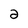
Character: 2